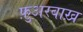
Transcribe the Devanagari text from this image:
फ़ुअरबाख़